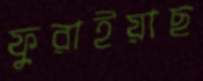
ফুরাইয়াছ